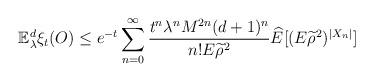
LaTeX: \begin{align*}\mathbb{E}_{\lambda}^d\xi_t(O)\leq e^{-t}\sum_{n=0}^{\infty}\frac{t^n\lambda^nM^{2n}(d+1)^n}{n!E{\widetilde{\rho}}^2}{\widehat{E}}[(E{\widetilde{\rho}}^2)^{|X_n|}]\end{align*}